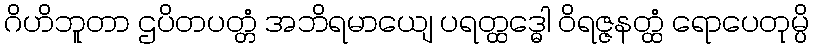
ဂိဟိဘူတာ ဌပိတပတ္တံ အဘိရမာယျေ ပရတ္ထဒ္ဓေါ ဝိရဇ္ဇနတ္ထံ ရောပေတုမ္ပိ